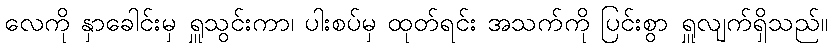
လေကို နှာခေါင်းမှ ရှူသွင်းကာ၊ ပါးစပ်မှ ထုတ်ရင်း အသက်ကို ပြင်းစွာ ရှူလျက်ရှိသည်။